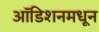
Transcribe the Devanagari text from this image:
ऑडिशनमधून